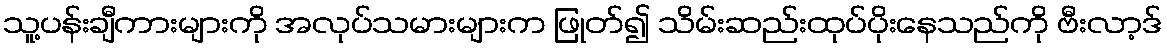
သူ့ပန်းချီကားများကို အလုပ်သမားများက ဖြုတ်၍ သိမ်းဆည်းထုပ်ပိုးနေသည်ကို ဗီးလာ့ဒ်